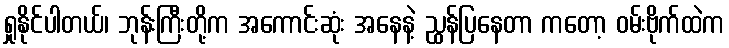
ရှုနိုင်ပါတယ်၊ ဘုန်းကြီးတို့က အကောင်းဆုံး အနေနဲ့ ညွှန်ပြနေတာ ကတော့ ဝမ်းဗိုက်ထဲက